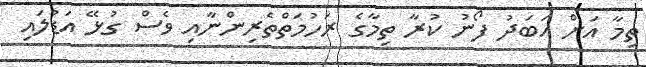
ތިމާ އަށް އަަބަދު ފޯނު ކުރާ ތިމާގެ ރަހުމަތްތެރިންނާއި ވެސް ގުޅޭ އަޑުލައި